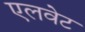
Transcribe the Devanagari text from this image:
एलवेट